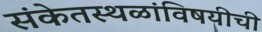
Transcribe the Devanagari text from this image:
संकेतस्थळांविषयीची